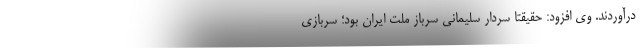
درآوردند. وی افزود: حقیقتا سردار سلیمانی سرباز ملت ایران بود؛ سربازی